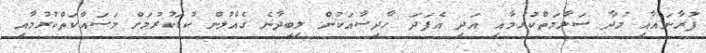
ފުރާނައާއި މުދާ ސަލާމަތްކުރުމާއި އަދި އެފަދަ ހާދިސާއަކުން ލިބިދާނެ ގެއްލުން ކުޑަކުރުމަށް މަސައްކަތްކުރުމާއި